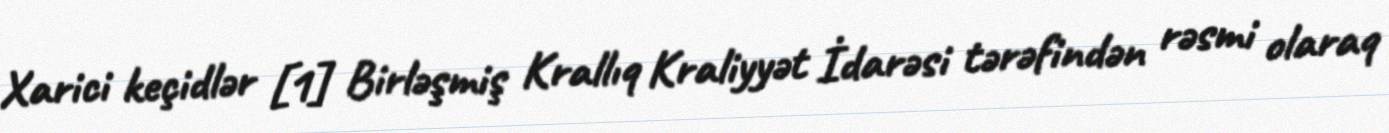
Xarici keçidlər [1] Birləşmiş Krallıq Kraliyyət İdarəsi tərəfindən rəsmi olaraq